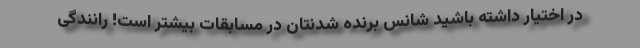
در اختیار داشته باشید شانس برنده شدنتان در مسابقات بیشتر است! رانندگی